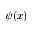
\psi ( x )